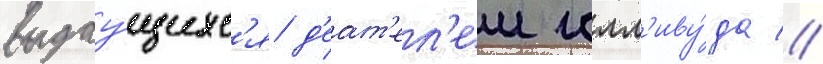
выдау́щихс'я д'еат'ел'еи голл'иву́да //